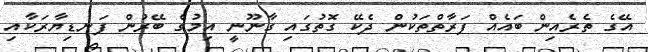
އޭގެ ތެރެއިން ބައެއް ފަރާތްތަކުން ދެކޭ ގޮތުގައި ގާނޫނީ އިމުގެ ބޭރުން ފަނޑިޔާރަކާއި